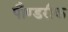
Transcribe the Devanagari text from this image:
पौण्डरीक